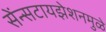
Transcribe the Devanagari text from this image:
सेंन्सटायझेशनमुळे